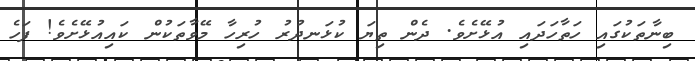
ބިނާތަކުގައި ހަތާހަދައި އުޅޭށެވެ. ދެން ތިޔަ ކުޅަނދުރު ހުރިހާ މޭވާތަކުން ކައިއުޅޭށެވެ! ފަހެ